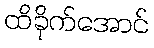
ထိခိုက်အောင်